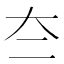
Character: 夳